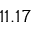
1 1 . 1 7